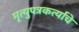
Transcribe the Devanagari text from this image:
मृत्युपत्रकर्त्याचे